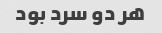
هر دو سرد بود